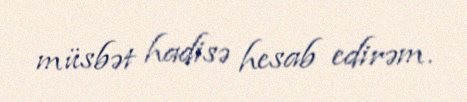
müsbət hadisə hesab edirəm.